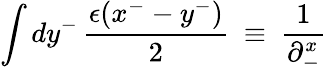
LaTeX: \int dy^{-}\, {\frac{\epsilon(x^{-}-y^{-})}{2}}~\equiv~{\frac{1}{\partial_{-}^{x}}}